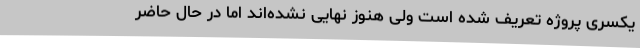
یکسری پروژه تعریف شده است ولی هنوز نهایی نشده‌اند اما در حال حاضر